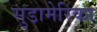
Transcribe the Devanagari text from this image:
सुडामेरिका